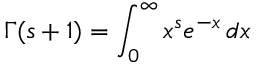
\Gamma ( s + 1 ) = \int _ { 0 } ^ { \infty } x ^ { s } e ^ { - x } \, d x